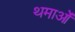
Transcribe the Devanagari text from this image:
थमाओं